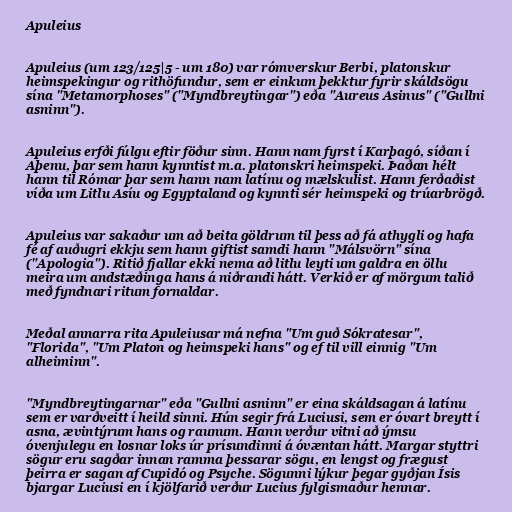
Apuleius

Apuleius (um 123/125|5 - um 180) var rómverskur Berbi, platonskur
heimspekingur og rithöfundur, sem er einkum þekktur fyrir skáldsögu
sína "Metamorphoses" ("Myndbreytingar") eða "Aureus Asinus" ("Gullni
asninn").

Apuleius erfði fúlgu eftir föður sinn. Hann nam fyrst í Karþagó, síðan í
Aþenu, þar sem hann kynntist m.a. platonskri heimspeki. Þaðan hélt
hann til Rómar þar sem hann nam latínu og mælskulist. Hann ferðaðist
víða um Litlu Asíu og Egyptaland og kynnti sér heimspeki og trúarbrögð.

Apuleius var sakaður um að beita göldrum til þess að fá athygli og hafa
fé af auðugri ekkju sem hann giftist samdi hann "Málsvörn" sína
("Apologia"). Ritið fjallar ekki nema að litlu leyti um galdra en öllu
meira um andstæðinga hans á niðrandi hátt. Verkið er af mörgum talið
með fyndnari ritum fornaldar.

Meðal annarra rita Apuleiusar má nefna "Um guð Sókratesar",
"Florida", "Um Platon og heimspeki hans" og ef til vill einnig "Um
alheiminn".

"Myndbreytingarnar" eða "Gullni asninn" er eina skáldsagan á latínu
sem er varðveitt í heild sinni. Hún segir frá Luciusi, sem er óvart breytt í
asna, ævintýrum hans og raunum. Hann verður vitni að ýmsu
óvenjulegu en losnar loks úr prísundinni á óvæntan hátt. Margar styttri
sögur eru sagðar innan ramma þessarar sögu, en lengst og frægust
þeirra er sagan af Cupidó og Psyche. Sögunni lýkur þegar gyðjan Ísis
bjargar Luciusi en í kjölfarið verður Lucius fylgismaður hennar.